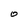
Character: O